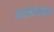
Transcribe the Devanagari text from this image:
पाश्चात्यांचा